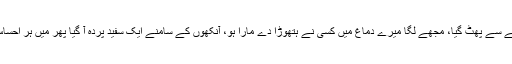
اس کا جسم ایک دھماکے سے پھٹ گیا، مجھے لگا میرے دماغ میں کسی نے ہتھوڑا دے مارا ہو، آنکھوں کے سامنے ایک سفید پردہ آ گیا پھر میں ہر احساس سے بے گانہ ہو گیا۔